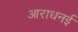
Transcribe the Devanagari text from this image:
आराधनई